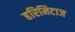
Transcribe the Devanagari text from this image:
हरिमिटाज